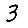
Digit: 3